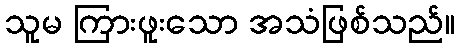
သူမ ကြားဖူးသော အသံဖြစ်သည်။